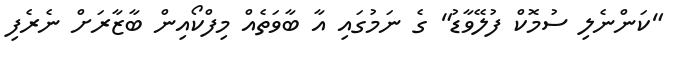
"ކަންނެލި ސުމޮކް ފުލޭވާޑު" ގެ ނަމުގައި އާ ބާވަތެއް މިފްކޯއިން ބާޒާރަށް ނެރެފި